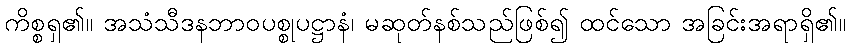
ကိစ္စရှ၏။ အသံသီဒနဘာဝပစ္စုပဋ္ဌာနံ၊ မဆုတ်နစ်သည်ဖြစ်၍ ထင်သော အခြင်းအရာရှိ၏။